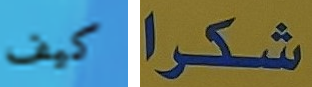
كيف شكرا